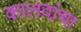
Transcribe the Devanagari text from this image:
कालवांचा